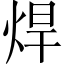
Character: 焊